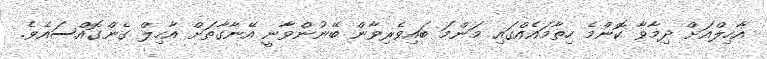
އާހިލްއަށް ދިމާވާ ކޮންމެ ހިތާމައެއްގައި މަންމަ ބައިވެރިވާން ބޭނުންވާނީ އޭނާގާތަށް އާހިލް ގެންގޮއްސައެވެ.